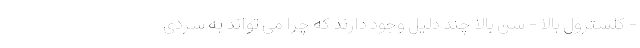
- کلسترول بالا - سن بالا چند دلیل وجود دارند که چرا می تواند به سردی